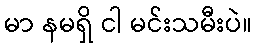
မာ နမရှိ ငါ မင်းသမီးပဲ။